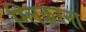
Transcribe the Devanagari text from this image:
म्लिकरना